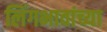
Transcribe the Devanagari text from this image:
लिंगभावांच्या